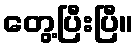
တွေ့ပြီးပြီ။